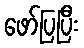
ဖော်ပြပြီး